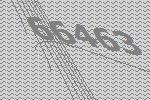
66463